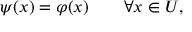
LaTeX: \psi ( x ) = \varphi ( x ) \qquad \forall x \in U ,